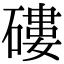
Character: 𥕍